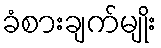
ခံစားချက်မျိုး